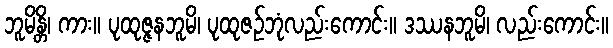
ဘူမိန္တိ၊ ကား။ ပုထုဇ္ဇနဘူမိ၊ ပုထုဇဉ်ဘုံလည်းကောင်း။ ဒဿနဘူမိ၊ လည်းကောင်း။